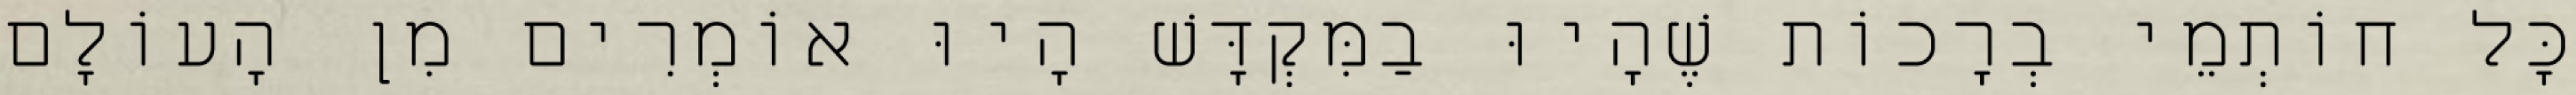
כָּל חוֹתְמֵי בְרָכוֹת שֶׁהָיוּ בַמִּקְדָּשׁ הָיוּ אוֹמְרִים מִן הָעוֹלָם